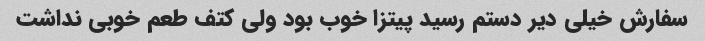
سفارش خیلی دیر دستم رسید پیتزا خوب بود ولی کتف طعم خوبی نداشت